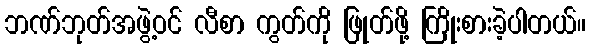
ဘဏ်ဘုတ်အဖွဲ့ဝင် လီစာ ကွတ်ကို ဖြုတ်ဖို့ ကြိုးစားခဲ့ပါတယ်။